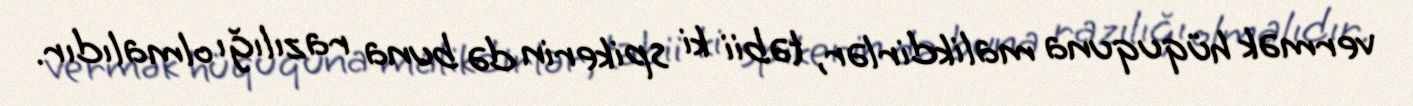
vermək hüququna malikdirlər, təbii ki spikerin də buna razılığı olmalıdır.